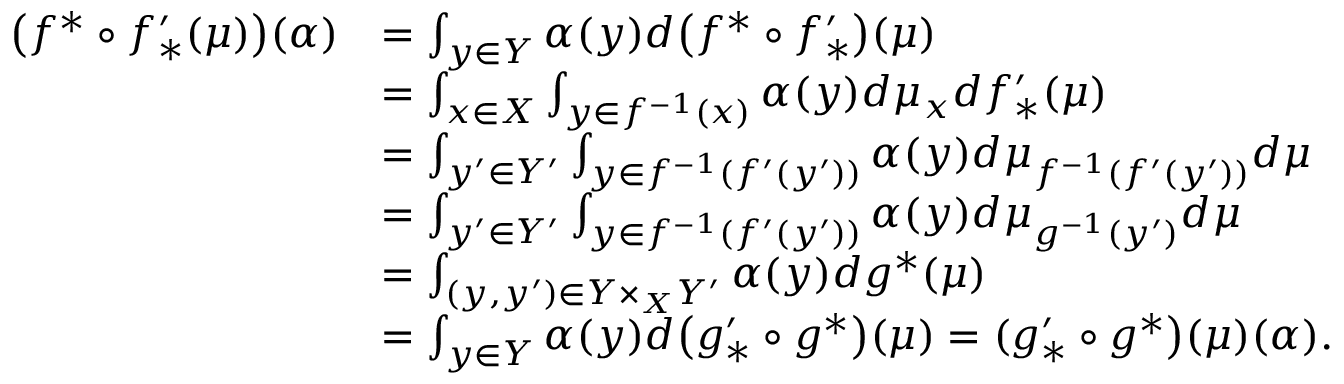
\begin{array} { r l } { \big ( f ^ { * } \circ f _ { * } ^ { \prime } ( \mu ) \big ) ( \alpha ) } & { = \int _ { y \in Y } \alpha ( y ) d \big ( f ^ { * } \circ f _ { * } ^ { \prime } \big ) ( \mu ) } \\ & { = \int _ { x \in X } \int _ { y \in f ^ { - 1 } ( x ) } \alpha ( y ) d \mu _ { x } d f _ { * } ^ { \prime } ( \mu ) } \\ & { = \int _ { y ^ { \prime } \in Y ^ { \prime } } \int _ { y \in f ^ { - 1 } ( f ^ { \prime } ( y ^ { \prime } ) ) } \alpha ( y ) d \mu _ { f ^ { - 1 } ( f ^ { \prime } ( y ^ { \prime } ) ) } d \mu } \\ & { = \int _ { y ^ { \prime } \in Y ^ { \prime } } \int _ { y \in f ^ { - 1 } ( f ^ { \prime } ( y ^ { \prime } ) ) } \alpha ( y ) d \mu _ { g ^ { - 1 } ( y ^ { \prime } ) } d \mu } \\ & { = \int _ { ( y , y ^ { \prime } ) \in Y \times _ { X } Y ^ { \prime } } \alpha ( y ) d g ^ { * } ( \mu ) } \\ & { = \int _ { y \in Y } \alpha ( y ) d \big ( g _ { * } ^ { \prime } \circ g ^ { * } \big ) ( \mu ) = ( g _ { * } ^ { \prime } \circ g ^ { * } \big ) ( \mu ) ( \alpha ) . } \end{array}